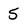
Character: 5